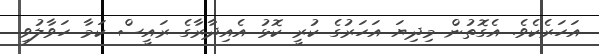
އަހަރެކެވެ. އެގޮތުން މިދިޔަ އަހަރުގެ ކުރީ ކޮޅު އެއިދާރާގެ ރައީސް ކަމާ ހަވާލުވި